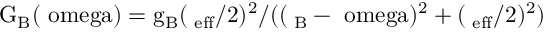
\mathrm { G _ { B } ( \ o m e g a ) = g _ { B } ( \Gamma _ { e f f } / 2 ) ^ { 2 } / ( ( \Omega _ { B } - \ o m e g a ) ^ { 2 } + ( \Gamma _ { e f f } / 2 ) ^ { 2 } } )